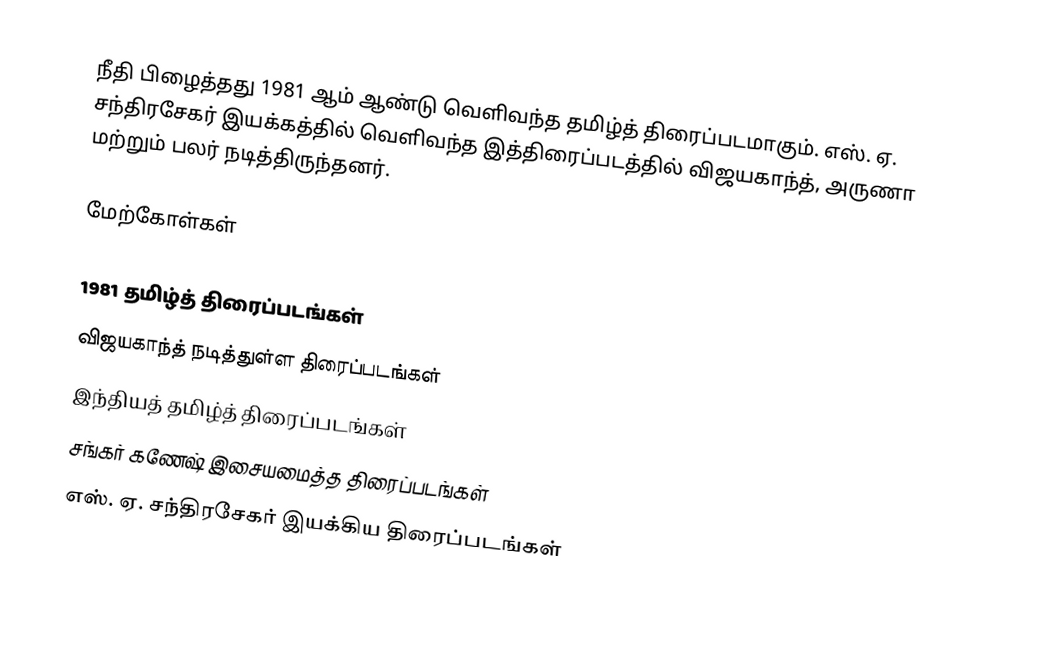
நீதி பிழைத்தது 1981 ஆம் ஆண்டு வெளிவந்த தமிழ்த் திரைப்படமாகும். எஸ். ஏ. சந்திரசேகர் இயக்கத்தில் வெளிவந்த இத்திரைப்படத்தில் விஜயகாந்த், அருணா மற்றும் பலர் நடித்திருந்தனர்.

மேற்கோள்கள்

1981 தமிழ்த் திரைப்படங்கள்
விஜயகாந்த் நடித்துள்ள திரைப்படங்கள்
இந்தியத் தமிழ்த் திரைப்படங்கள்
சங்கர் கணேஷ் இசையமைத்த திரைப்படங்கள்
எஸ். ஏ. சந்திரசேகர் இயக்கிய திரைப்படங்கள்